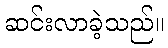
ဆင်းလာခဲ့သည်။